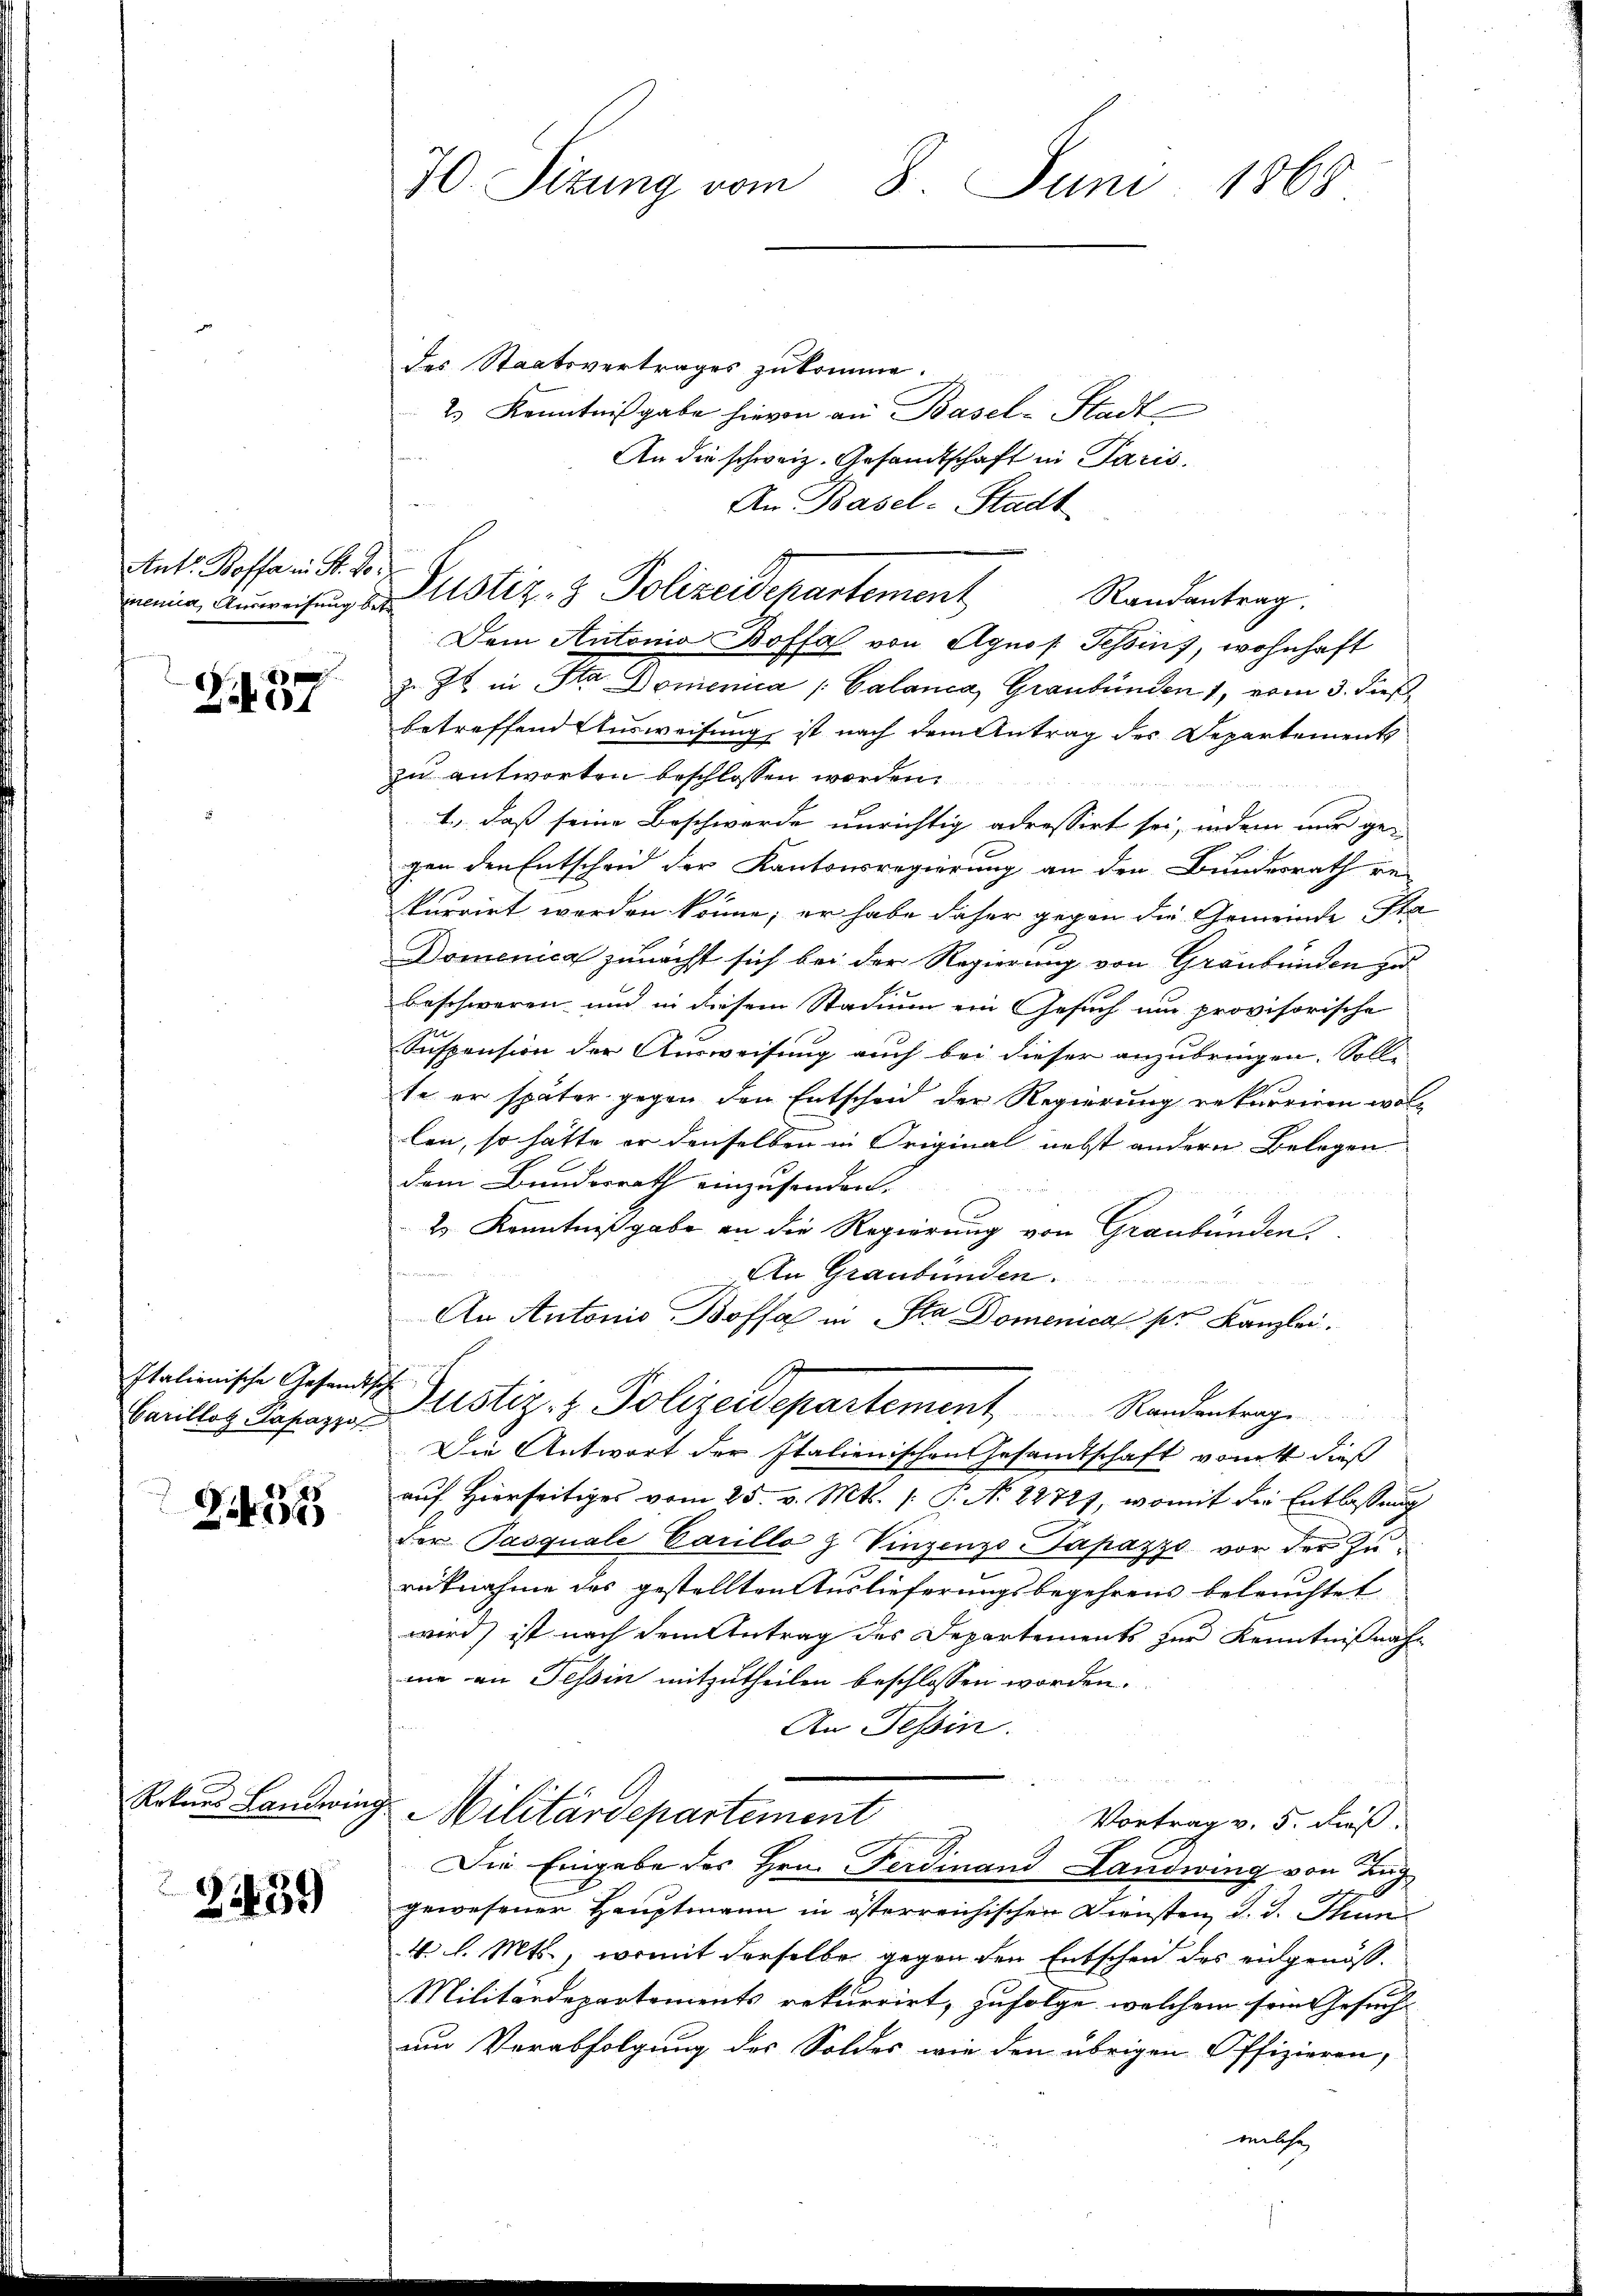
Ant. Boffe in St. Lor

Z 37

Italienische Gesandt
Carillot Papazzo

Z 434

Rekurs Landwin,

3439

30. Sitzung vom 8. Juni 1868

An Basel-Stadt
minie Ausweisung der Astiz- & Polizeidepartement Randantrag.

des Staatsvertrages zukomme.
2) Kenntnißgabe hievon an Basel-Stadt
An die schweiz. Gesandtschaft in Paris.
Dem Antonio Boffa von Agnos. Schin, wohnhaft
Z. 76 in Sta Domenica / Calanca, Graubünden 1, vom 3. dieß
betreffend Ausweisung, ist nach dem Antrag des Departements
zu antworten beschlossen worden.
1., daß seine Beschwerde unrichtig adressirt sei, indem nur ge-
gen den Entscheid der Kantonsregierung an den Bundesrath re-
kurrirt werden könne; er habe daher gegen die Gemeinde Sta
Domenica zunächst sich bei der Regierung von Graubünden zu
beschweren und in diesem Stadium ein Gesuch um provisorische
Suspension der Ausweisung auch bei dieser anzubringen. Soll
te er später gegen den Entscheid der Regierung rekurriren wollen, so hätte er denselben in Original nebst andern Belegen
u
dem Bundesrath einzusenden.
2 Kenntnißgabe an die Regierung von Graubünden
An Graubünden.
An Antonio Boffa in Sta Domenical pr Kanzlei.
h
Justiz- & Polizeidepartement        Standentrage
Die Antwort der Italienischen Gesandtschaft von dieß
auf Hierseitiges vom 25. v. Mts. (: P. No. 22721, womit die Entlassung
der Pasquale Carille & Vinzenzo Papazzo vor der Zurücknahme des gestellten Auslieferungsbegehrens beleuchtet
wird, ist nach dem Antrag des Departements zur Kenntnißnahme an Tessin mitzutheilen beschlossen worden.
An Tessin.
e
Militärdepartement
Vortrag v. 5. dieß.
Die Eingabe des Hrn. Ferdinand Landwing von Zug
gewesener Hauptmann in österreichischen Diensten d. d. Thun
4. l. Mts., womit derselbe gegen den Entscheid des eidgenöss-
Militärdepartements rekurrirt, zufolge, welchem sein Gesuch
um Verabfolgung des Soldes wie den übrigen Offizieren,
welche